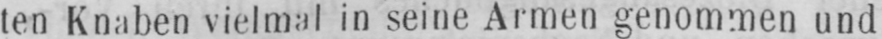
ten Knaben vielmal in seine Armen genommen und